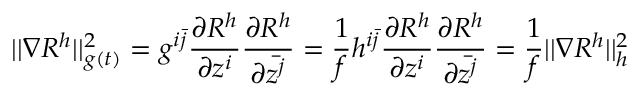
| | \nabla R ^ { h } | | _ { g ( t ) } ^ { 2 } = g ^ { i \bar { j } } \frac { \partial R ^ { h } } { \partial z ^ { i } } \frac { \partial R ^ { h } } { \partial \bar { z ^ { j } } } = \frac { 1 } { f } h ^ { i \bar { j } } \frac { \partial R ^ { h } } { \partial z ^ { i } } \frac { \partial R ^ { h } } { \partial \bar { z ^ { j } } } = \frac { 1 } { f } | | \nabla R ^ { h } | | _ { h } ^ { 2 }